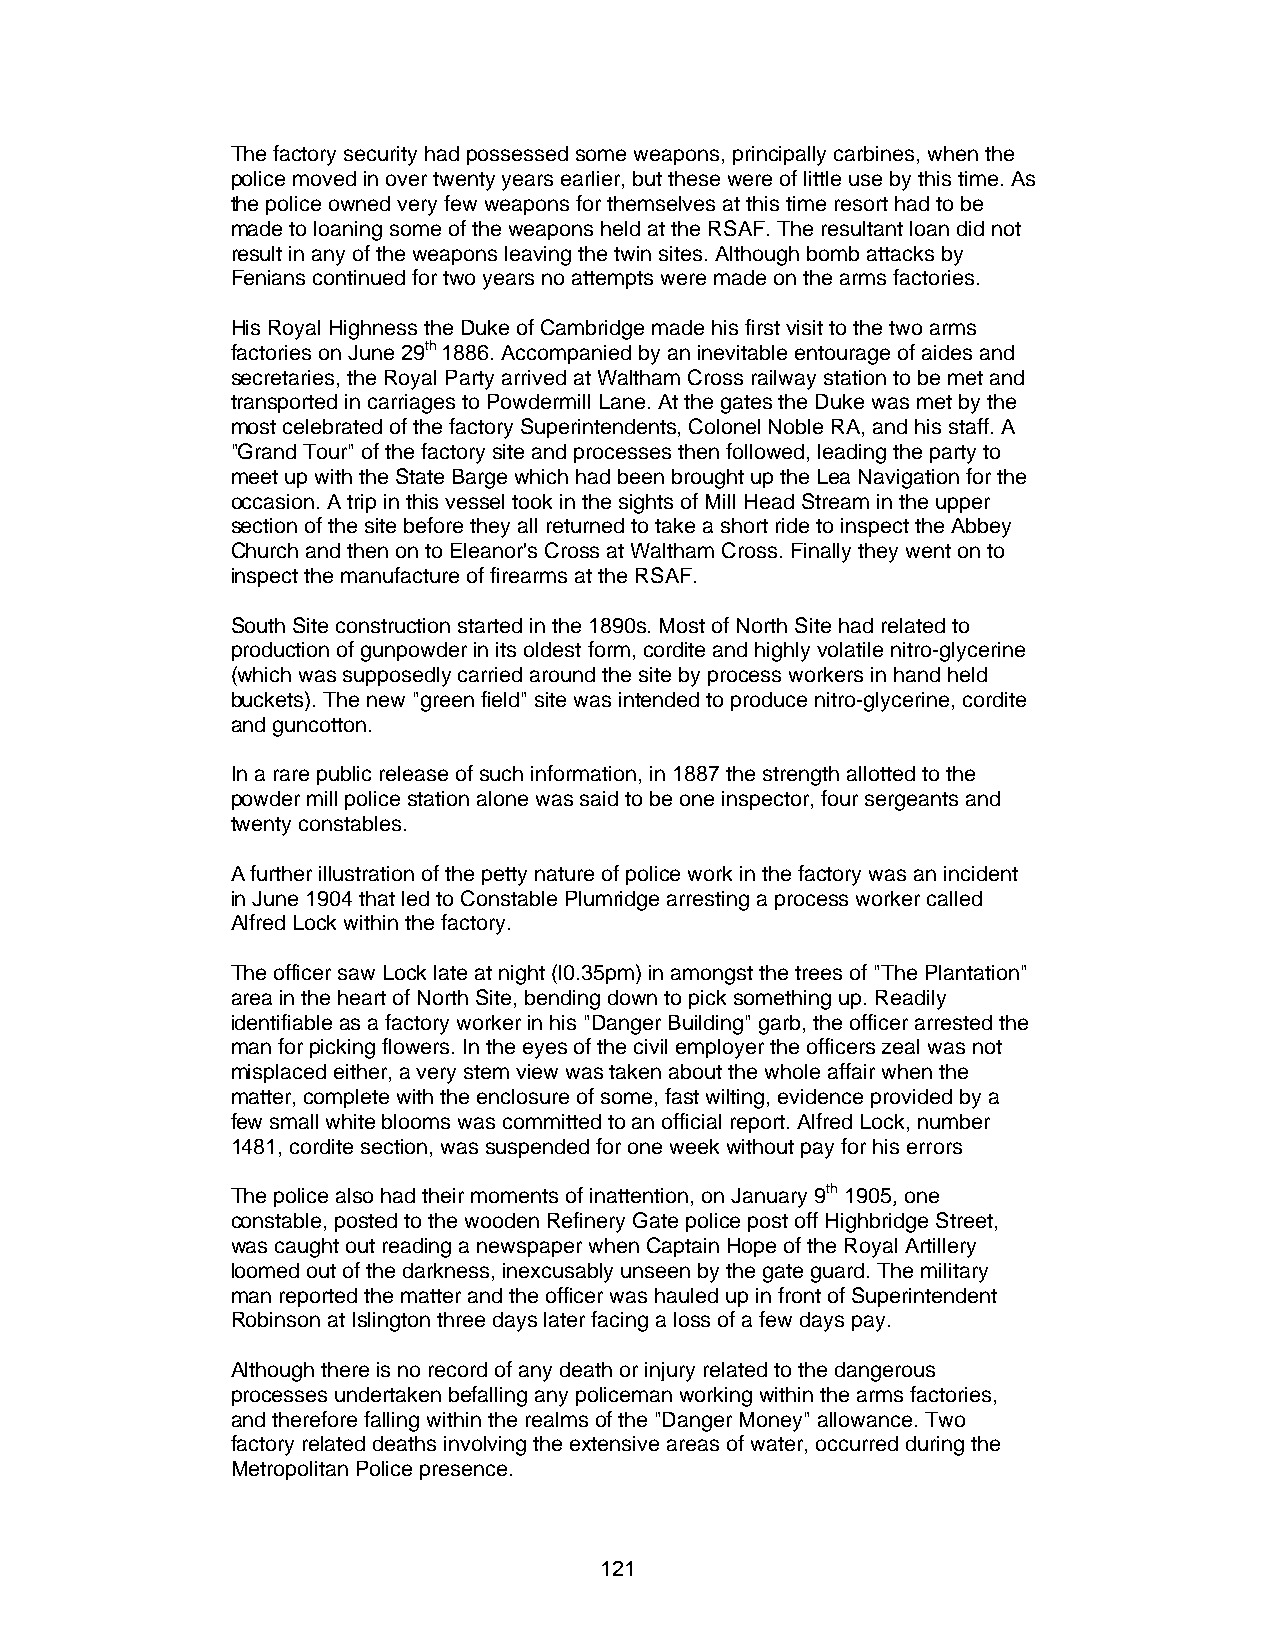
The factory security had possessed some weapons, principally carbines, when the
 police moved in over twenty years earlier, but these were of little use by this time. As
 the police owned very few weapons for themselves at this time resort had to be
 made to loaning some of the weapons held at the RSAF. The resultant loan did not
 result in any of the weapons leaving the twin sites. Although bomb attacks by
 Fenians continued for two years no attempts were made on the arms factories.
 His Royal Highness the Duke of Cambridge made his first visit to the two arms
 factories on June 29th 1886. Accompanied by an inevitable entourage of aides and
 secretaries, the Royal Party arrived at Waltham Cross railway station to be met and
 transported in carriages to Powdermill Lane. At the gates the Duke was met by the
 most celebrated of the factory Superintendents, Colonel Noble RA, and his staff. A
 "Grand Tour" of the factory site and processes then followed, leading the party to
 meet up with the State Barge which had been brought up the Lea Navigation for the
 occasion. A trip in this vessel took in the sights of Mill Head Stream in the upper
 section of the site before they all returned to take a short ride to inspect the Abbey
 Church and then on to Eleanor's Cross at Waltham Cross. Finally they went on to
 inspect the manufacture of firearms at the RSAF.
 South Site construction started in the 1890s. Most of North Site had related to
 production of gunpowder in its oldest form, cordite and highly volatile nitro-glycerine
 (which was supposedly carried around the site by process workers in hand held
 buckets). The new "green field" site was intended to produce nitro-glycerine, cordite
 and guncotton.
 In a rare public release of such information, in 1887 the strength allotted to the
 powder mill police station alone was said to be one inspector, four sergeants and
 twenty constables.
 A further illustration of the petty nature of police work in the factory was an incident
 in June 1904 that led to Constable Plumridge arresting a process worker called
 Alfred Lock within the factory.
 The officer saw Lock late at night (l0.35pm) in amongst the trees of "The Plantation"
 area in the heart of North Site, bending down to pick something up. Readily
 identifiable as a factory worker in his "Danger Building" garb, the officer arrested the
 man for picking flowers. In the eyes of the civil employer the officers zeal was not
 misplaced either, a very stem view was taken about the whole affair when the
 matter, complete with the enclosure of some, fast wilting, evidence provided by a
 few small white blooms was committed to an official report. Alfred Lock, number
 1481, cordite section, was suspended for one week without pay for his errors
 The police also had their moments of inattention, on January 9th 1905, one
 constable, posted to the wooden Refinery Gate police post off Highbridge Street,
 was caught out reading a newspaper when Captain Hope of the Royal Artillery
 loomed out of the darkness, inexcusably unseen by the gate guard. The military
 man reported the matter and the officer was hauled up in front of Superintendent
 Robinson at Islington three days later facing a loss of a few days pay.
 Although there is no record of any death or injury related to the dangerous
 processes undertaken befalling any policeman working within the arms factories,
 and therefore falling within the realms of the "Danger Money" allowance. Two
 factory related deaths involving the extensive areas of water, occurred during the
 Metropolitan Police presence.
 121